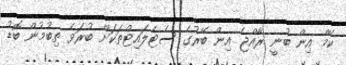
ކޭމް އިން ބުނީ ރާއްޖެ އިން ބޭރުގެ ސެޓެލައިޓްތަކަށް ބުރަވެ ތިބުމުން ބޮޑު